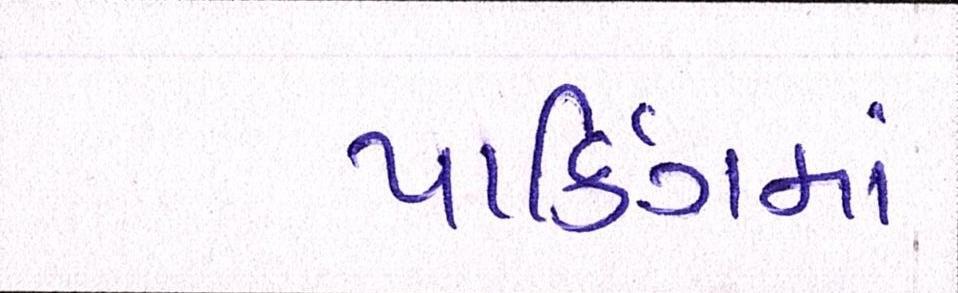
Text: પાર્કિંગમાં